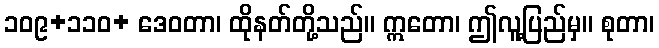
၁၀၉+၁၁၀+ ဒေဝတာ၊ ထိုနတ်တို့သည်။ ဣတော၊ ဤလူ့ပြည်မှ။ စုတာ၊